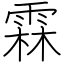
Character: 霖